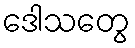
ဒေါသတွေ